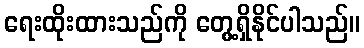
ရေးထိုးထားသည်ကို တွေ့ရှိနိုင်ပါသည်။